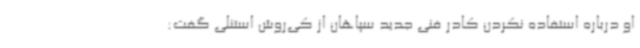
او درباره استفاده نکردن کادر فنی جدید سپاهان از کی‌روش استنلی گفت: